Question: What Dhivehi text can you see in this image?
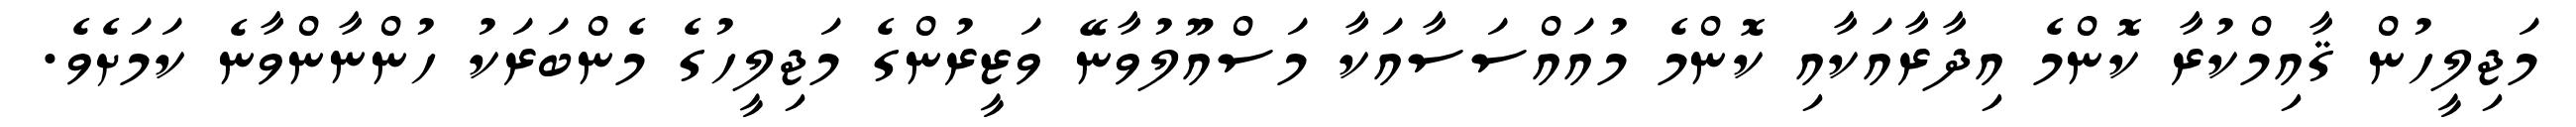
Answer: މަޖިލީހުން ޤާއިމްކުރާ ކޮންމެ އިދާރާއަކާއި ކޮންމެ މުއައްސަސާއަކާ މަސްއޫލުވާނޭ ވަޒީރުންގެ މަޖިލީހުގެ މެންބަރަކު ހުންނާންވާނެ ކަމަށެވެ.